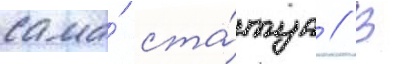
сама́ ста́туа // В